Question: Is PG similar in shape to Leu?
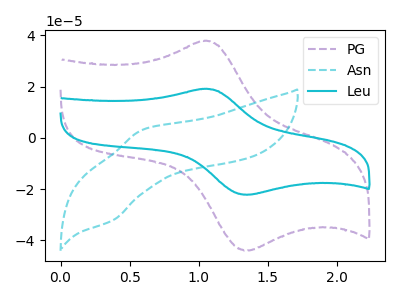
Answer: <think>The purple dashed curve "PG" has an anodic peak at (1.05V, 37.80uA) and a cathodic peak at (1.35V, -44.10uA). The cyan dashed curve "Asn" has an anodic peak at (0.60V, 3.25uA) and a cathodic peak at (0.40V, -32.10uA). The cyan curve "Leu" has an anodic peak at (1.05V, 19.10uA) and a cathodic peak at (1.35V, -22.25uA).
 All the peaks in "PG" have a peak in "Leu" at the same potential. Every peak in "PG" is higher than every peak in "Leu".</think>
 <answer>"PG" and "Leu" are similar in shape.</answer>
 <eval>same_shape</eval>